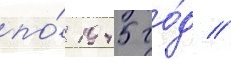
по́ 1945 го́д //